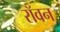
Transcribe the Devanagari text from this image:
रॉवन